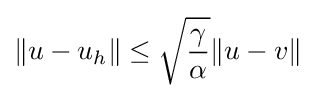
\|u-u_{h}\|\leq {\sqrt {\frac {\gamma }{\alpha }}}\|u-v\|